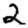
Digit: 2